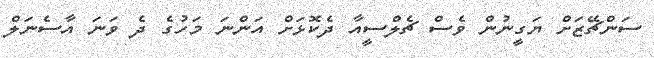
ސަންޗޭޒަށް ޔަގީނުން ވެސް ޗެލްސީއާ ދެކޮޅަށް އަންނަ މަހުގެ ދެ ވަނަ އާސެނަލް